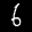
Label: 6